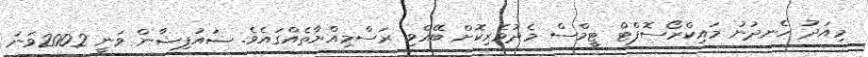
މިއަދު ހެނދުނު މައިކްރޯސޮފްޓް ޓީމްސް މެދުވެރިކޮށް ބޭއްވި ރަސްމިއްޔާތެއްގައެވެ. ޟައުފިޝާން ވަނީ 2002ވަނަ